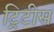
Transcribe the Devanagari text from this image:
ट्रिटीस